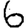
Digit: 6